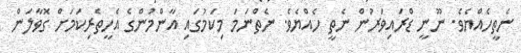
ނެތީހެއްޔެވެ. ނޫނީ ޑްރައިވަރުން ނެތީ ހެއްޔެވެ. ނެތްނަމަ މިކަމުގައި އާންމުންގެ އެހީތެރިކަމަށް ގޮވާލަން